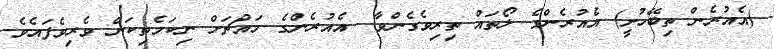
(އެއުރެން ތިބޭހުށީ) އެއުރެންގެ ލޯތައް ތިރިވެގެންވާ  އެއުރެންގެ މައްޗަށް ނިކަމެތިކަން ވެރިވެފައެވެ.